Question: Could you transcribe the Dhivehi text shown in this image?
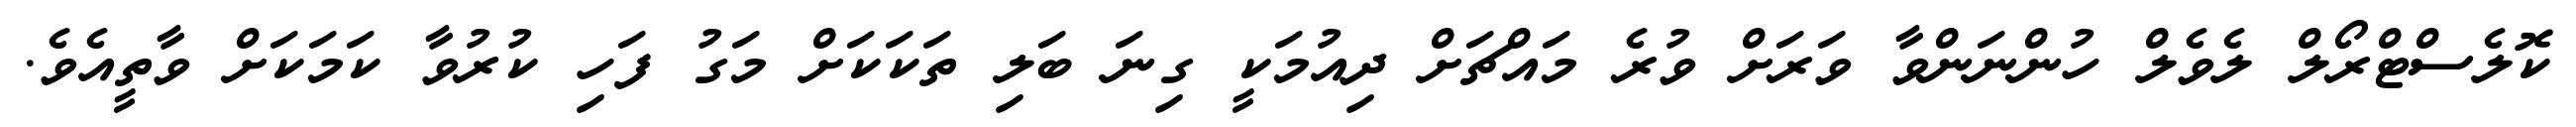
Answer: ކޮލެސްޓްރޯލް ލެވެލް ހުންނަންވާ ވަރަށް ވުރެ މައްޗަށް ދިއުމަކީ ގިނަ ބަލި ތަކަކަށް މަގު ފަހި ކުރުވާ ކަމަކަށް ވާތީއެވެ.